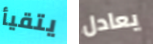
يتقيأ يعادل